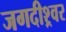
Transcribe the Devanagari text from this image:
जगदीश्र्वर